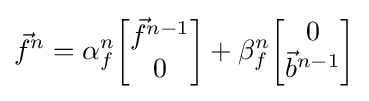
{\vec {f}}^{n}=\alpha _{f}^{n}{\begin{bmatrix}{\vec {f}}^{n-1}\\0\end{bmatrix}}+\beta _{f}^{n}{\begin{bmatrix}0\\{\vec {b}}^{n-1}\end{bmatrix}}